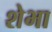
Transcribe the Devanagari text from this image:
शेभा